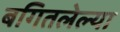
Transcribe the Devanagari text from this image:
बगितलेल्या